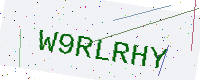
Text: W9RLRHY